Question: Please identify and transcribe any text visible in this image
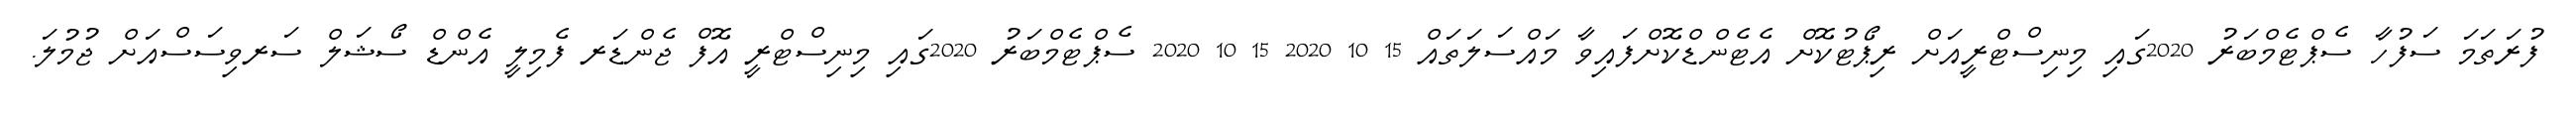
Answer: ފުރަތަމަ ސަފުހާ ސެޕްޓެމްބަރު 2020ގައި މިނިސްޓްރީއަށް ރިޕޯޓުކޮށް އެޓެންޑްކޮށްފައިވާ މައްސަލަތައް 15 10 2020 15 10 2020 ސެޕްޓެމްބަރު 2020ގައި މިނިސްޓްރީ އޮފް ޖެންޑަރ ފެމިލީ އެންޑް ސޯޝަލް ސަރވިސަސްއަށް ޖުމުލަ.